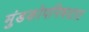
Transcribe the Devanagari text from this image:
मुंडकोपनिषदात